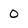
Character: 0